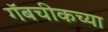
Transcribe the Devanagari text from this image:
गॅबचीकच्या